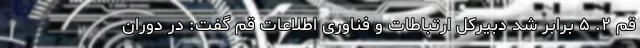
قم ۲. ۵ برابر شد دبیرکل ارتباطات و فناوری اطلاعات قم گفت: در دوران